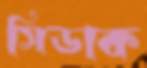
সিডাক